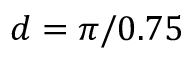
d = \pi / 0 . 7 5